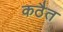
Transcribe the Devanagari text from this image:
कठैत